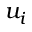
u _ { i }